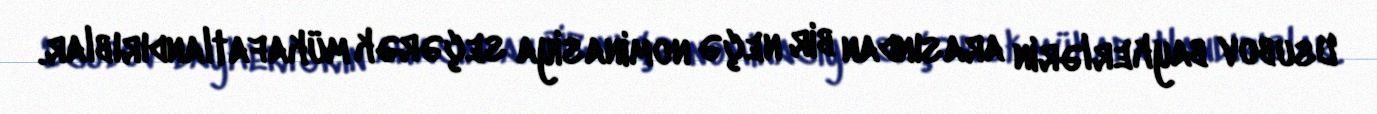
Usubov baykerlərin arasından bir neçə nominasiya seçərək mükafatlandırıblar.